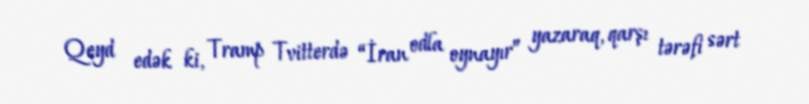
Qeyd edək ki, Tramp Tvitterdə “İran odla oynayır” yazaraq, qarşı tərəfi sərt